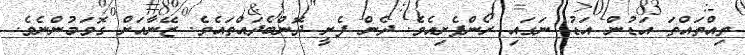
ތިއްތައްތަ އަޑުން އަޑު ނަގައި ރޯންފެށިއެވެ. ދެން ފެށީ ދޮންބެދައްތައެވެ. ޒޭނާއަށް ގޮވަމުންނެވެ.